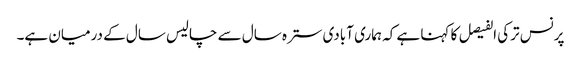
پرنس ترکی الفیصل کا کہنا ہے کہ ہماری آبادی سترہ سال سے چالیس سال کے درمیان ہے۔